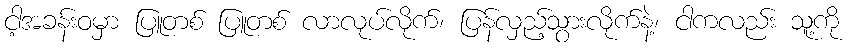
ငါ့အခန်းဝမှာ ပြူတစ် ပြူတစ် လာလုပ်လိုက်၊ ပြန်လှည့်သွားလိုက်နဲ့၊ ငါကလည်း သူ့ကို